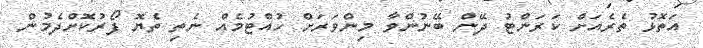
އަތޮޅު ތެރެއަށް ކަރަންޓު ދޭން ބޭނުންވާ މިންވަރަށް ހުއްޓުމެއް ނެތި ތެޔޮ ފޯރުކޮށްދެމުން